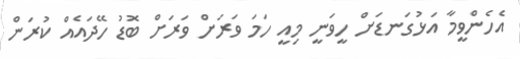
އެހެންވީމާ އަޅުގަނޑަށް ހީވަނީ މިއީ ހަމަ ވަރަށް ވަރަށް ބޮޑު ހޭދައެއް ކުރަން